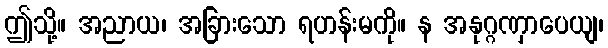
ဤသို့။ အညာယ၊ အခြားသော ရဟန်းမကို။ န အနုဂ္ဂဏှာပေယျ၊